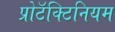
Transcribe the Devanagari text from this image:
प्रोटॅक्टिनियम